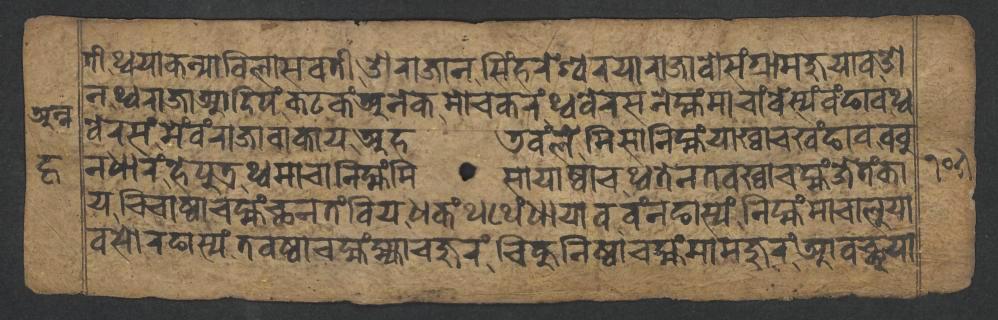
𑐟𑐷𑐠𑑂𑐰𑐫𑐵𑐎𑐣𑑂𑐫𑐵𑐰𑐶𑐮𑐵𑐳𑐰𑐟𑐷𑐌𑐬𑐵𑐖𑐵𑐣𑐳𑐶𑑄𑐴𑐬𑐾𑐱𑑂𑐰𑐬𑐫𑐵𑐬𑐵𑐖𑐵𑐰𑑀𑐳𑑄𑐐𑑂𑐬𑐵𑐩𑐖𑐸𑐫𑐵𑐰𑐌 𑐣𑐠𑑂𑐰𑐬𑐵𑐖𑐵𑐁𑐡𑐶𑐥𑑄𑐎𑐚𑐎𑑄𑐀𑐣𑐾𑐎𑐩𑑀𑐔𑐎𑐬𑑄𑐠𑑂𑐰𑐧𑐾𑐬𑐳𑐣𑐾𑐩𑑂𑐴𑑄𑐩𑐵𑐔𑐵𑑄𑐧𑐾𑐳𑑂𑐫𑑄𑐰𑑄𑐒𑐵𑐰𑐠𑑂𑐰 𑐧𑐾𑐬𑐳𑑄𑐩𑐾𑑄𑐰𑑄𑐬𑐵𑐖𑐵𑐧𑐵𑐎𑐵𑐫𑐀𑐴𑐜𑐰𑑄𑐮𑐾𑐩𑐶𑐳𑐵𑐣𑐶𑐩𑑂𑐴𑑄𑐫𑐵𑐏𑑂𑐰𑐵𑐔𑐏𑑄𑐒𑐵𑐰𑐧𑐧𑐸 𑐣𑐢𑐵𑐬𑑄𑐴𑐾𑐥𑐸𑐟𑑂𑐬𑐠𑑂𑐰𑐩𑐵𑐔𑐵𑐣𑐶𑐩𑑂𑐴𑑄𑐩𑐶𑐳𑐵𑐫𑐵𑐲𑑂𑐰𑐵𑐔𑐠𑑂𑐰𑐟𑐾𑐣𑐟𑐰𑐏𑑂𑐰𑐵𑐔𑐩𑑂𑐴𑑄𑐖𑐾𑐟𑑄𑐎𑐵 𑐫𑐔𑐶𑐔𑐵𑐲𑑂𑐰𑐵𑐔𑐩𑑂𑐴𑑄𑐕𑐣𑐟𑑄𑐧𑐶𑐫𑐢𑐎𑑄𑐠𑐠𑐾𑑄𑐢𑐵𑐫𑐵𑐰𑐰𑑄𑐣𑐒𑐵𑐳𑑂𑐫𑑄𑐣𑐶𑐩𑑂𑐴𑑄𑐩𑐵𑐔𑐵𑐮𑐸𑐫𑐵 𑐰𑐳𑑀𑐬𑐒𑐵𑐳𑑂𑐫𑑄𑐟𑐰𑐲𑑂𑐰𑐵𑐔𑐩𑑂𑐴𑑄𑐩𑑂𑐴𑑂𑐫𑐵𑐔𑐖𑐸𑐬𑑄𑐔𑐶𑐎𑐸𑐣𑐶𑐲𑑂𑐰𑐵𑐔𑐩𑑂𑐴𑑄𑐩𑐵𑐩𑐖𑐸𑐬𑑄𑐁𑐰𑐕𑐸𑐫𑐵